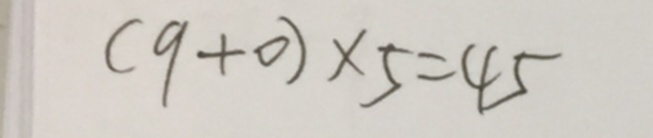
( 9 + 0 ) \times 5 = 4 5